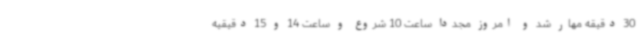
30 دقیقه مهار شد و امروز مجددا ساعت 10 شروع و ساعت 14 و 15 دقیقیه